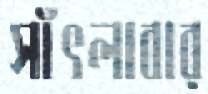
সাঁৎলাবার